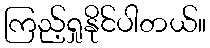
ကြည့်ရှုနိုင်ပါတယ်။